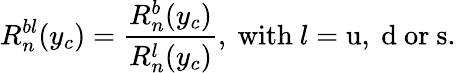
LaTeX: R_{n}^{bl}(y_{c})=\frac{R_{n}^{b}(y_{c})}{R_{n}^{l}(y_{c})},~\mathrm{with}~l=\mathrm{u,~d~or~s.}